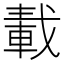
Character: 𨌏